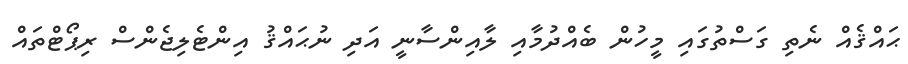
ޙައްޤެއް ނެތި ގަސްތުގައި މީހުން ބެއްދުމާއި ލާއިންސާނީ އަދި ނުޙައްޤު އިންޓެލިޖެންސް ރިޕޯޓްތައް